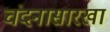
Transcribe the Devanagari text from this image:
चंदनासारखा